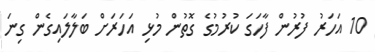
10 އަހަރު ފުރުން ފާހަގަ ކުރުމުގެ ގޮތުން މުޅި އަހަރަށް ބަލާލައިގެން ގިނަ